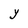
Character: Y